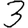
Digit: 3